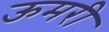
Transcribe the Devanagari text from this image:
ऊमरी